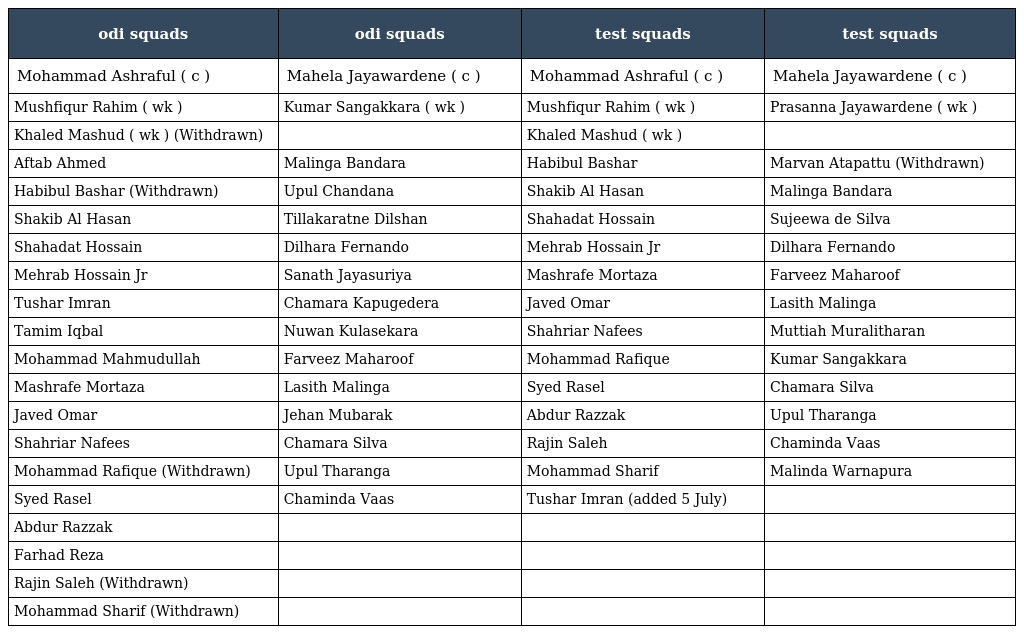
| odi squads | odi squads | test squads | test squads |
 | --- | --- | --- | --- |
 | Mohammad Ashraful ( c ) | Mahela Jayawardene ( c ) | Mohammad Ashraful ( c ) | Mahela Jayawardene ( c ) |
 | Mushfiqur Rahim ( wk ) | Kumar Sangakkara ( wk ) | Mushfiqur Rahim ( wk ) | Prasanna Jayawardene ( wk ) |
 | Khaled Mashud ( wk ) (Withdrawn) |  | Khaled Mashud ( wk ) |  |
 | Aftab Ahmed | Malinga Bandara | Habibul Bashar | Marvan Atapattu (Withdrawn) |
 | Habibul Bashar (Withdrawn) | Upul Chandana | Shakib Al Hasan | Malinga Bandara |
 | Shakib Al Hasan | Tillakaratne Dilshan | Shahadat Hossain | Sujeewa de Silva |
 | Shahadat Hossain | Dilhara Fernando | Mehrab Hossain Jr | Dilhara Fernando |
 | Mehrab Hossain Jr | Sanath Jayasuriya | Mashrafe Mortaza | Farveez Maharoof |
 | Tushar Imran | Chamara Kapugedera | Javed Omar | Lasith Malinga |
 | Tamim Iqbal | Nuwan Kulasekara | Shahriar Nafees | Muttiah Muralitharan |
 | Mohammad Mahmudullah | Farveez Maharoof | Mohammad Rafique | Kumar Sangakkara |
 | Mashrafe Mortaza | Lasith Malinga | Syed Rasel | Chamara Silva |
 | Javed Omar | Jehan Mubarak | Abdur Razzak | Upul Tharanga |
 | Shahriar Nafees | Chamara Silva | Rajin Saleh | Chaminda Vaas |
 | Mohammad Rafique (Withdrawn) | Upul Tharanga | Mohammad Sharif | Malinda Warnapura |
 | Syed Rasel | Chaminda Vaas | Tushar Imran (added 5 July) |  |
 | Abdur Razzak |  |  |  |
 | Farhad Reza |  |  |  |
 | Rajin Saleh (Withdrawn) |  |  |  |
 | Mohammad Sharif (Withdrawn) |  |  |  |